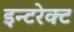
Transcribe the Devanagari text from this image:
इन्टरेक्ट